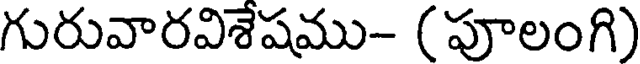
గురువారవిశేషము- (పూలంగి)